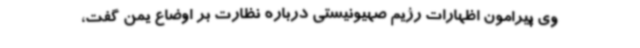
وی پیرامون اظهارات رژیم صهیونیستی درباره نظارت بر اوضاع یمن گفت،